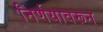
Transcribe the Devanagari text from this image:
निर्णयावरून